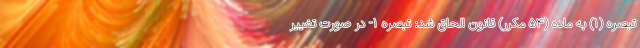
تبصره (۱) به ماده (۵۴ مکرر) قانون الحاق شد: تبصره ۱- در صورت تغییر